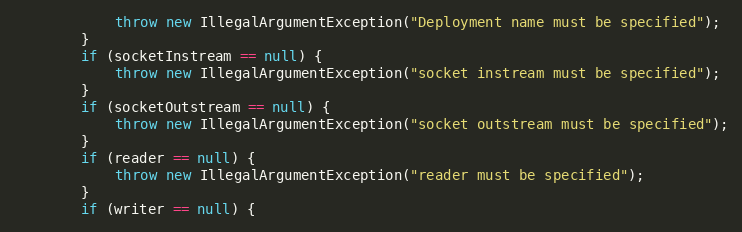
Language: Java
            throw new IllegalArgumentException("Deployment name must be specified");
        }
        if (socketInstream == null) {
            throw new IllegalArgumentException("socket instream must be specified");
        }
        if (socketOutstream == null) {
            throw new IllegalArgumentException("socket outstream must be specified");
        }
        if (reader == null) {
            throw new IllegalArgumentException("reader must be specified");
        }
        if (writer == null) {